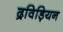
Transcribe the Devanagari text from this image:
द्रविड़ियन